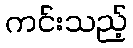
ကင်းသည့်